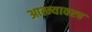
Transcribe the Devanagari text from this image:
आत्म्यावरच